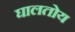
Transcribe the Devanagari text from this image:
घालतोय